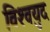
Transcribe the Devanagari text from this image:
विश्‍वयुद